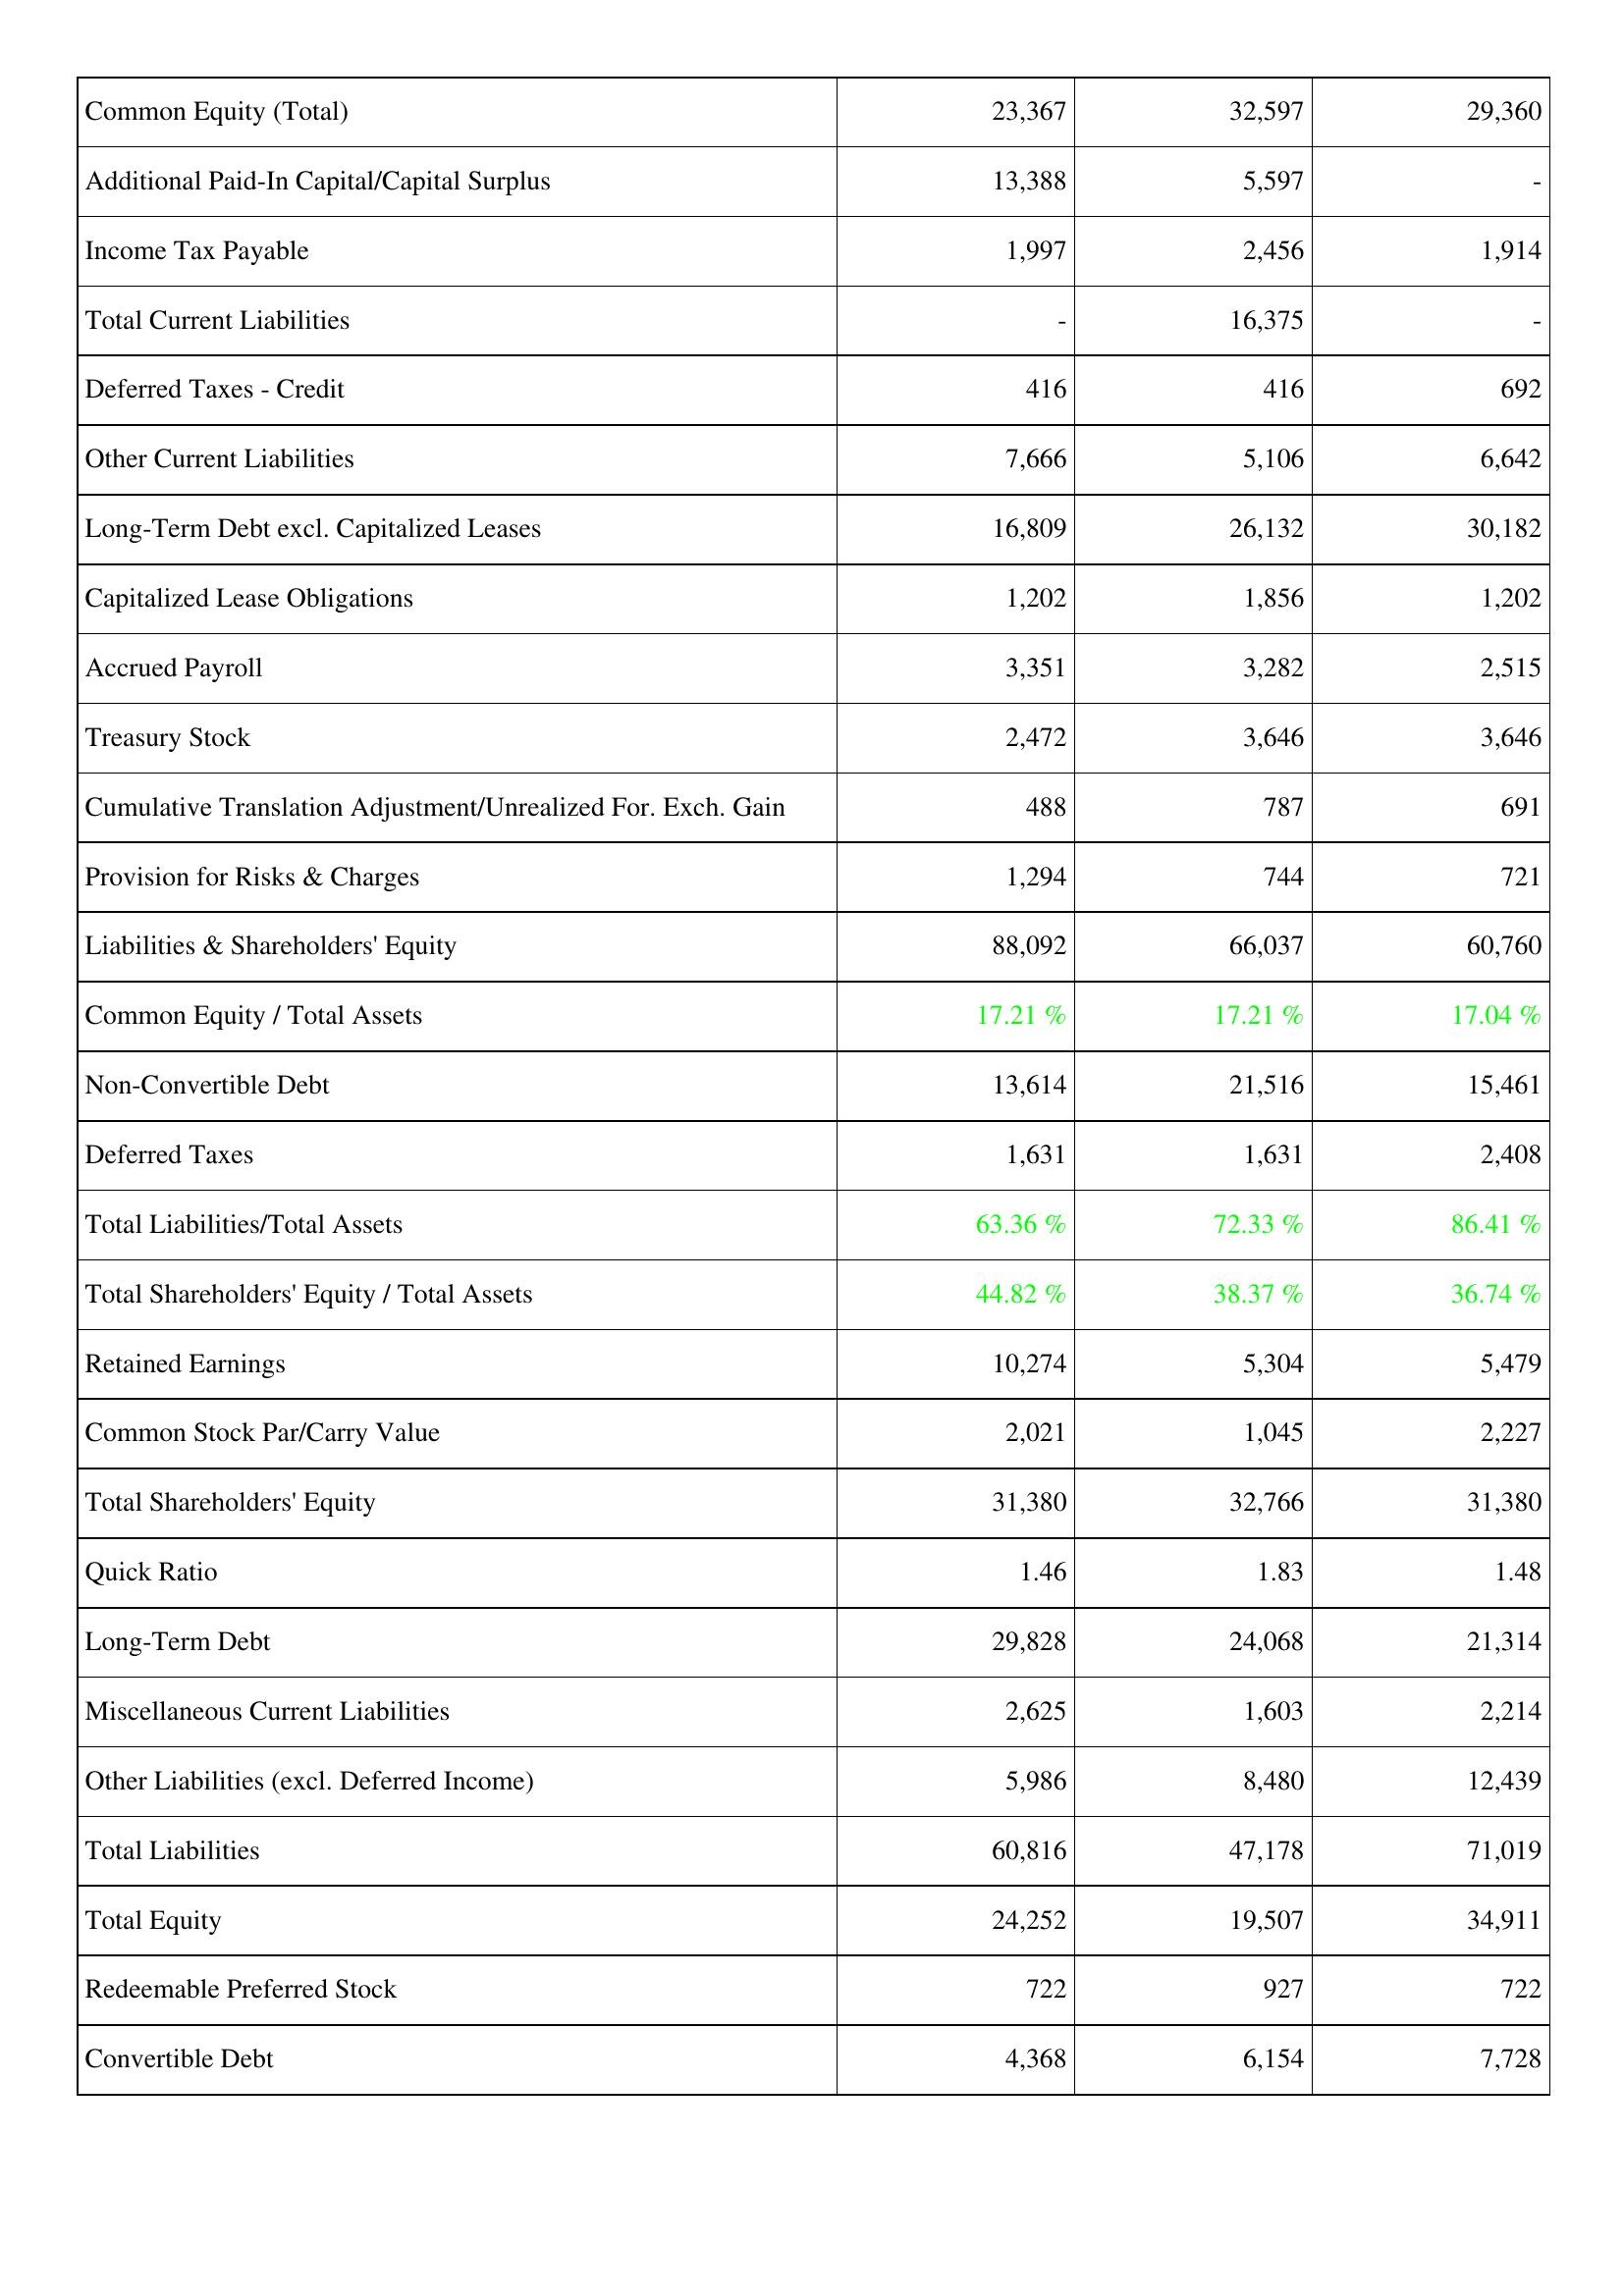
2010: Liabilities & Shareholders' Equity: Common Equity (Total): 23,367
Additional Paid-In Capital/Capital Surplus: 13,388
Income Tax Payable: 1,997
Total Current Liabilities: -
Deferred Taxes - Credit: 416
Other Current Liabilities: 7,666
Long-Term Debt excl. Capitalized Leases: 16,809
Capitalized Lease Obligations: 1,202
Accrued Payroll: 3,351
Treasury Stock: 2,472
Cumulative Translation Adjustment/Unrealized For. Exch. Gain: 488
Provision for Risks & Charges: 1,294
Liabilities & Shareholders' Equity: 88,092
Common Equity / Total Assets: 17.21 %
Non-Convertible Debt: 13,614
Deferred Taxes: 1,631
Total Liabilities/Total Assets: 63.36 %
Total Shareholders' Equity / Total Assets: 44.82 %
Retained Earnings: 10,274
Common Stock Par/Carry Value: 2,021
Total Shareholders' Equity: 31,380
Quick Ratio: 1.46
Long-Term Debt: 29,828
Miscellaneous Current Liabilities: 2,625
Other Liabilities (excl. Deferred Income): 5,986
Total Liabilities: 60,816
Total Equity: 24,252
Redeemable Preferred Stock: 722
Convertible Debt: 4,368
2011: Liabilities & Shareholders' Equity: Common Equity (Total): 32,597
Additional Paid-In Capital/Capital Surplus: 5,597
Income Tax Payable: 2,456
Total Current Liabilities: 16,375
Deferred Taxes - Credit: 416
Other Current Liabilities: 5,106
Long-Term Debt excl. Capitalized Leases: 26,132
Capitalized Lease Obligations: 1,856
Accrued Payroll: 3,282
Treasury Stock: 3,646
Cumulative Translation Adjustment/Unrealized For. Exch. Gain: 787
Provision for Risks & Charges: 744
Liabilities & Shareholders' Equity: 66,037
Common Equity / Total Assets: 17.21 %
Non-Convertible Debt: 21,516
Deferred Taxes: 1,631
Total Liabilities/Total Assets: 72.33 %
Total Shareholders' Equity / Total Assets: 38.37 %
Retained Earnings: 5,304
Common Stock Par/Carry Value: 1,045
Total Shareholders' Equity: 32,766
Quick Ratio: 1.83
Long-Term Debt: 24,068
Miscellaneous Current Liabilities: 1,603
Other Liabilities (excl. Deferred Income): 8,480
Total Liabilities: 47,178
Total Equity: 19,507
Redeemable Preferred Stock: 927
Convertible Debt: 6,154
2012: Liabilities & Shareholders' Equity: Common Equity (Total): 29,360
Additional Paid-In Capital/Capital Surplus: -
Income Tax Payable: 1,914
Total Current Liabilities: -
Deferred Taxes - Credit: 692
Other Current Liabilities: 6,642
Long-Term Debt excl. Capitalized Leases: 30,182
Capitalized Lease Obligations: 1,202
Accrued Payroll: 2,515
Treasury Stock: 3,646
Cumulative Translation Adjustment/Unrealized For. Exch. Gain: 691
Provision for Risks & Charges: 721
Liabilities & Shareholders' Equity: 60,760
Common Equity / Total Assets: 17.04 %
Non-Convertible Debt: 15,461
Deferred Taxes: 2,408
Total Liabilities/Total Assets: 86.41 %
Total Shareholders' Equity / Total Assets: 36.74 %
Retained Earnings: 5,479
Common Stock Par/Carry Value: 2,227
Total Shareholders' Equity: 31,380
Quick Ratio: 1.48
Long-Term Debt: 21,314
Miscellaneous Current Liabilities: 2,214
Other Liabilities (excl. Deferred Income): 12,439
Total Liabilities: 71,019
Total Equity: 34,911
Redeemable Preferred Stock: 722
Convertible Debt: 7,728